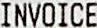
INVOICE